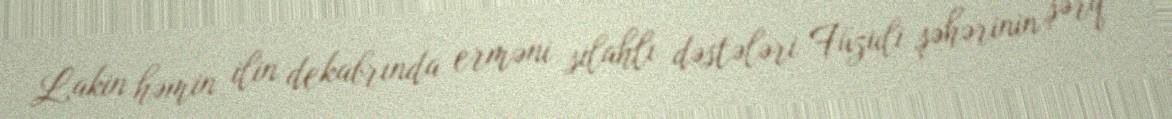
Lakin həmin ilin dekabrında erməni silahlı dəstələri Füzuli şəhərinin şərq